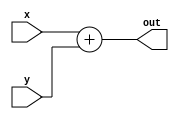
`timescale 1ns/1ns
module adder
#(parameter Width = 32)
(
    input [Width - 1:0] x,
    input [Width - 1:0] y,
    output [Width - 1:0] out
);

    assign out = x + y;

endmodule